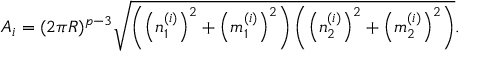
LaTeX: A _ { i } = ( 2 \pi R ) ^ { p - 3 } \sqrt { \left( \left( n _ { 1 } ^ { ( i ) } \right) ^ { 2 } + \left( m _ { 1 } ^ { ( i ) } \right) ^ { 2 } \right) \left( \left( n _ { 2 } ^ { ( i ) } \right) ^ { 2 } + \left( m _ { 2 } ^ { ( i ) } \right) ^ { 2 } \right) } .